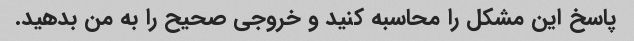
پاسخ این مشکل را محاسبه کنید و خروجی صحیح را به من بدهید.